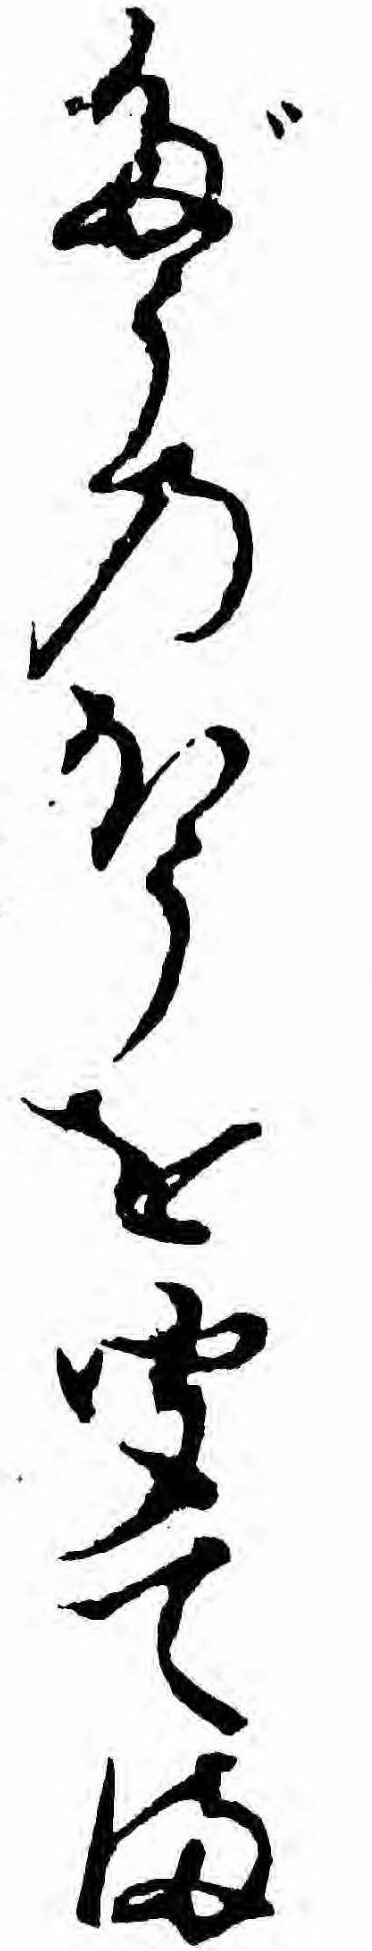
だうのほうを聞てま